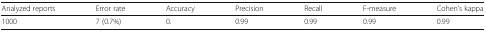
| Analyzed reports | Error rate | Accuracy | Precision | Recall | F-measure | Cohen’s kappa |
 | --- | --- | --- | --- | --- | --- | --- |
 | 1000 | 7 (0.7%) | 0. | 0.99 | 0.99 | 0.99 | 0.99 |